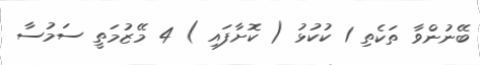
ބޭނުންވާ ތަކެތި 1 ކުކުޅު ( ކޮށާފައި ) 4 މޭޒުމަތީ ސަމުސާ